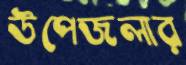
উপেজলার